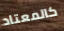
كالمعتاد